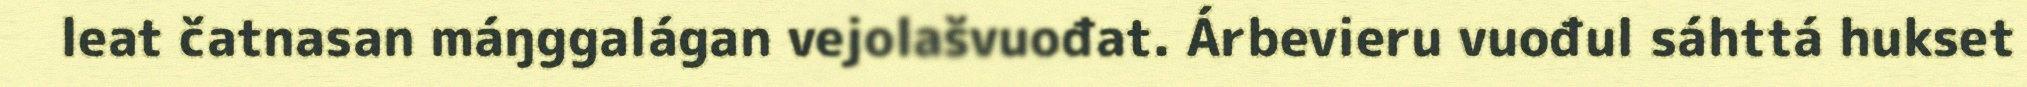
leat čatnasan máŋggalágan vejolašvuođat. Árbevieru vuođul sáhttá hukset